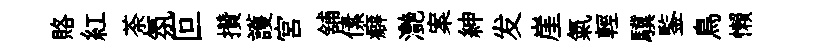
賂紅荼氛叵攢護宫舖傃癖灔案紳发崖氣輕驥鍳鳥懒